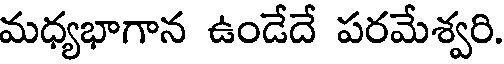
మధ్యభాగాన ఉండేదే పరమేశ్వరి.